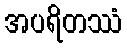
အပရိတဿံ